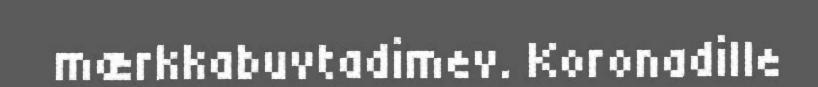
mærkkabuvtadimev. Koronadille